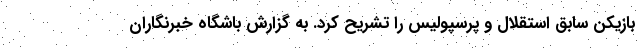
بازیکن سابق استقلال و پرسپولیس را تشریح کرد. به گزارش باشگاه خبرنگاران